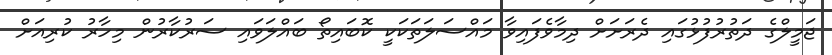
ޖަމީލްގެ ދަތުރުފުޅުގައި ދެރަށަށް ދިމާވެފައިވާ މައްސަލަތަކަކީ ކޮބައިތޯ ބައްލަވައި ސަރުކާރުން މިހާރު ކުރިއަށް